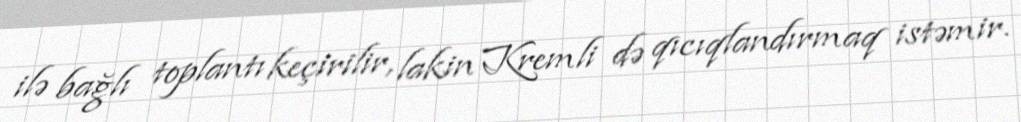
ilə bağlı toplantı keçirilir, lakin Kremli də qıcıqlandırmaq istəmir.